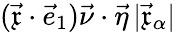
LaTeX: (\vec{\mathfrak{x}}\cdot\vec{e}_{1})\vec{\nu}\cdot\vec{\eta}\, |\vec{\mathfrak{x}}_{\alpha}|